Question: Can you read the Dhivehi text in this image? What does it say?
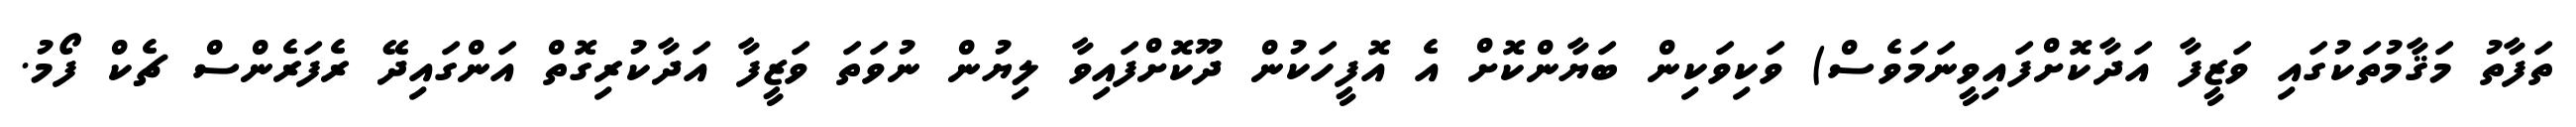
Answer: ތަފާތު މަޤާމުތަކުގައި ވަޒީފާ އަދާކޮށްފައިވީނަމަވެސް) ވަކިވަކިން ބަޔާންކޮށް އެ އޮފީހަކުން ދޫކޮށްފައިވާ ލިޔުން ނުވަތަ ވަޒީފާ އަދާކުރިގޮތް އަންގައިދޭ ރެފަރެންސް ޗެކް ފޯމު.